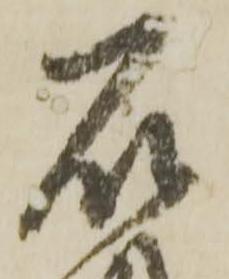
石